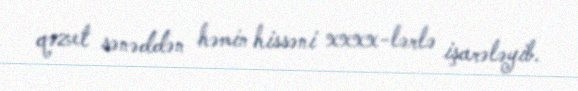
qəzet sənəddən həmin hissəni xxxx-lərlə işarələyib.